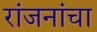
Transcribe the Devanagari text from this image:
रांजनांचा